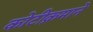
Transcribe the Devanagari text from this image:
कोटीक्रमाने